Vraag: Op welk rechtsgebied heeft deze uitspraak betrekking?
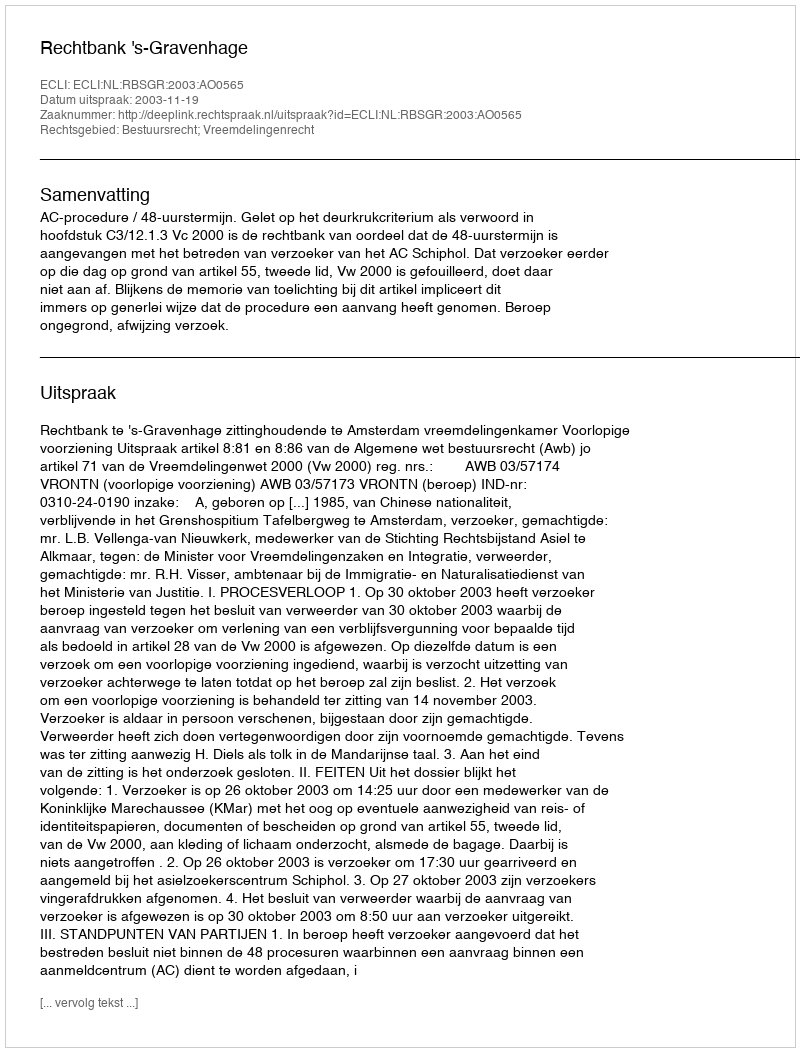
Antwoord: Bestuursrecht; Vreemdelingenrecht